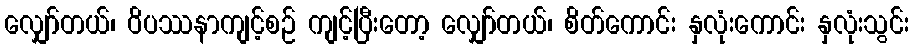
လျှော်တယ်၊ ဝိပဿနာကျင့်စဉ် ကျင့်ပြီးတော့ လျှော်တယ်၊ စိတ်ကောင်း နှလုံးကောင်း နှလုံးသွင်း